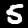
Label: 5